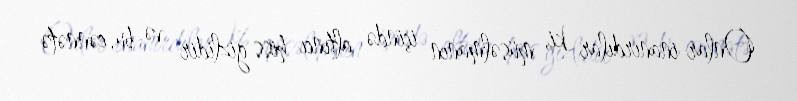
Onlar inanırdılar ki, müsəlmanın içində altıncı hiss gizlidir və bu, cənnətə